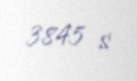
3845 $